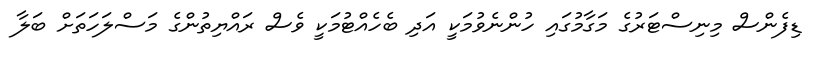
ޑިފެންސް މިނިސްޓަރުގެ މަގާމުގައި ހުންނެވުމަކީ އަދި ބެހެއްޓުމަކީ ވެސް ރައްޔިތުންގެ މަސްލަހަތަށް ބަލާ